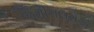
જમીનદારોએ